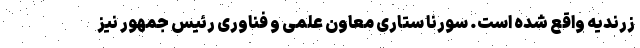
زرندیه واقع شده است. سورنا ستاری معاون علمی و فناوری رئیس جمهور نیز